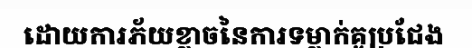
ដោយការភ័យខ្លាចនៃការទម្លាក់គូប្រជែង